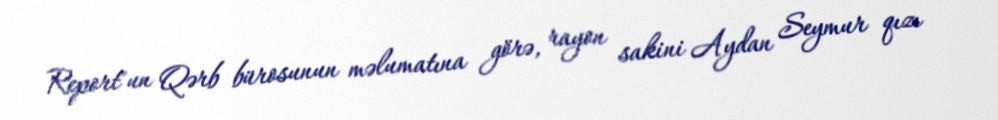
Report"un Qərb bürosunun məlumatına görə, rayon sakini Aydan Seymur qızı